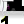
Digit: 1